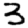
Digit: 3